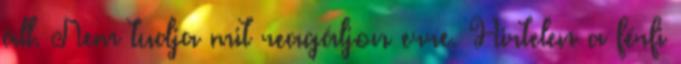
áll. Nem tudja mit reagáljon erre. Hirtelen a férfi